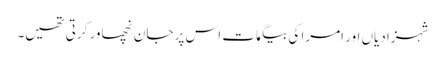
شہزادیاں اور امرا کی بیگمات اس پر جان نچھاور کرتی تھیں۔